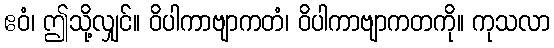
ဧဝံ၊ ဤသို့လျှင်။ ဝိပါကာဗျာကတံ၊ ဝိပါကာဗျာကတကို။ ကုသလာ